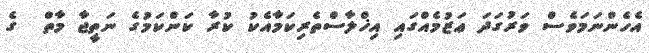
އެހެންނަމަވެސް ވަރުގަދަ ޢަޒުމެއްގައި އިޚްލާސްތެރިކަމާއެކު ކުރާ ކަންކަމުގެ ނަތީޖާ މާތް  ގެ